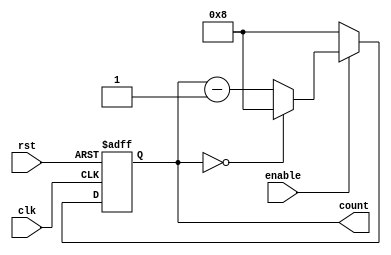
module ModuloNDownCounter (
    input clk,
    input rst,
    input enable,
    output reg [N-1:0] count
);

parameter N = 8; // Modulo-N value

always @(posedge clk or posedge rst) begin
    if (rst) begin
        count <= N;
    end else if (enable) begin
        if (count == 0) begin
            count <= N;
        end else begin
            count <= count - 1;
        end
    end else begin
        count <= N;
    end
end

endmodule